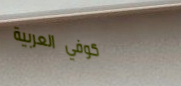
كوفي العربية